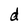
Character: d